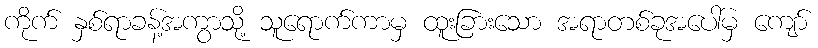
ကိုက် နှစ်ရာခန့်အကွာသို့ သူရောက်ကာမှ ထူးခြားသော အရာတစ်ခုအပေါ်မှ ကျော်